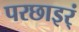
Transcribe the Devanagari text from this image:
परछाइर्ं